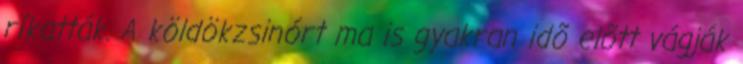
ríkatták. A köldökzsinórt ma is gyakran idõ elõtt vágják